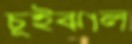
চুইঝাল